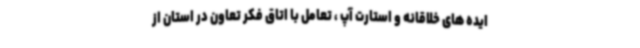
ایده های خلاقانه و استارت آپ ، تعامل با اتاق فکر تعاون در استان از